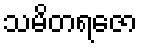
သမိတရဇော